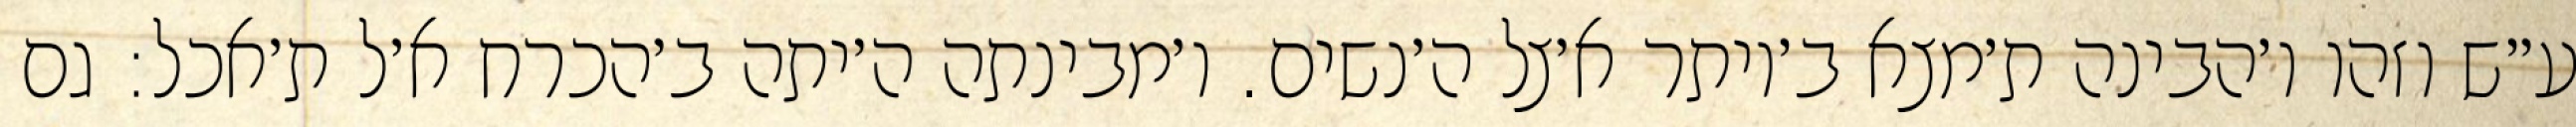
ע״ש וזהו ו׳הבינה ת׳מצא ב׳יותר א׳צל ה׳נשים. ו׳מבינתה ה׳יתה ב׳הכרח א׳ל ת׳אכל: גם